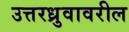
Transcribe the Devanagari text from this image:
उत्तरध्रुवावरील